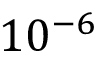
1 0 ^ { - 6 }